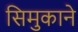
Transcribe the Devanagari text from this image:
सिमुकाने